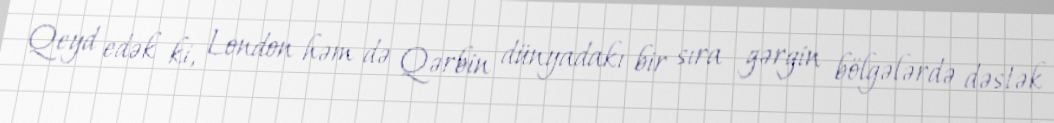
Qeyd edək ki, London həm də Qərbin dünyadakı bir sıra gərgin bölgələrdə dəstək